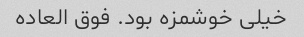
خیلی خوشمزه بود. فوق العاده